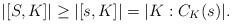
LaTeX: \begin{align*}|[S, K]| \geq |[s, K]| = |K : C_K(s)|.\end{align*}